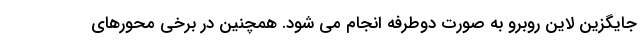
جایگزین لاین روبرو به صورت دوطرفه انجام می شود. همچنین در برخی محورهای